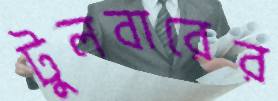
টুলবারের